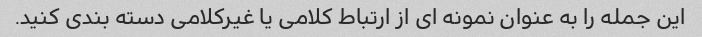
این جمله را به عنوان نمونه ای از ارتباط کلامی یا غیرکلامی دسته بندی کنید.